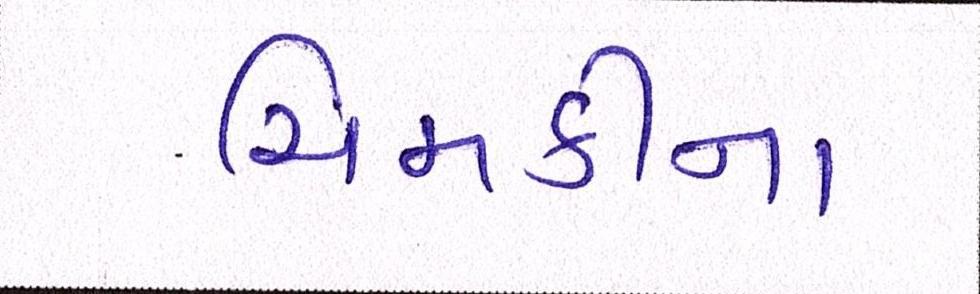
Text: ચિમકીના